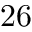
2 6